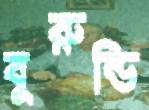
বুরুন্ডি